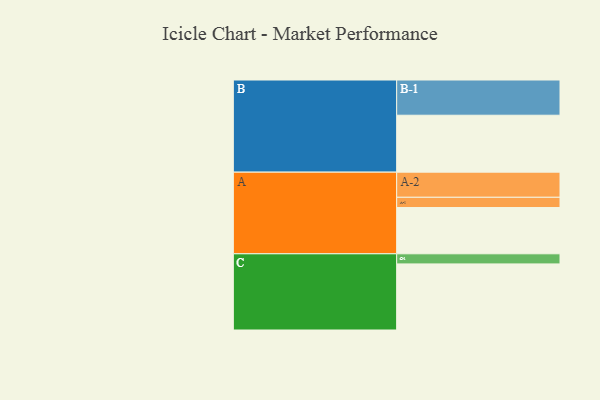
{"axis": {"x": "Segment", "y": "Value"}, "legend": ["", "A", "B", "C"], "data": [{"x": "A", "y": 339, "type": ""}, {"x": "B", "y": 417, "type": ""}, {"x": "C", "y": 484, "type": ""}, {"x": "A-1", "y": 75, "type": "A"}, {"x": "A-2", "y": 184, "type": "A"}, {"x": "B-1", "y": 258, "type": "B"}, {"x": "C-1", "y": 74, "type": "C"}]}